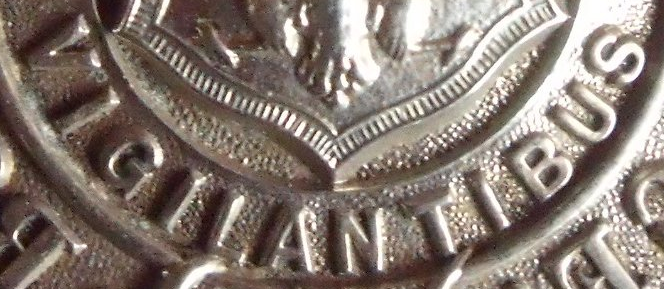
VIGILANTIBUS